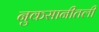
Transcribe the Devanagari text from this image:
नुकसानीतली